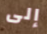
إلى